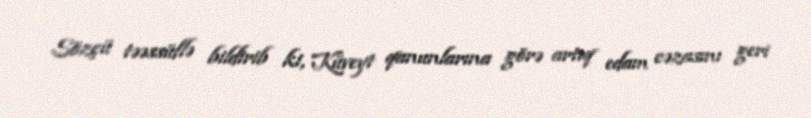
Sözçü təəssüflə bildirib ki, Küveyt qanunlarına görə artıq edam cəzasını geri